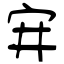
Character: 宑